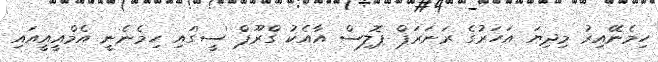
ހިމެނޭއިރު މިދިޔަ އަހަރުގެ ރަނަރަޕް ޕޮލިސް އާއެކު ގްރޫޕް 'ސީ'ގައި ހިމެނެނީ އެމްއީއީއައި